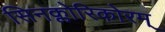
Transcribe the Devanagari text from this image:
सिनक्लोरिकोरम्